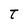
Character: t